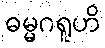
ဓမ္မဂရူဟိ